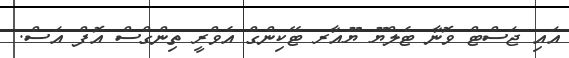
އައި ޖަސްޓް ވޮނާ ޓެލްޔޫ ޔޫއާރ ޓޭކިންގް އެވްރީ ތިންގްސް އޮފް އަސް.